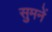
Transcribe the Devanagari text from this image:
सुमनें